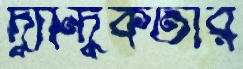
দ্বান্দ্বিকতার